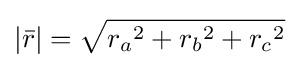
|{\bar {r}}|={\sqrt {{r_{a}}^{2}+{r_{b}}^{2}+{r_{c}}^{2}}}